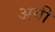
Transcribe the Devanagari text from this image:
अवी